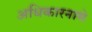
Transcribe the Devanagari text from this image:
अधिकारनामे